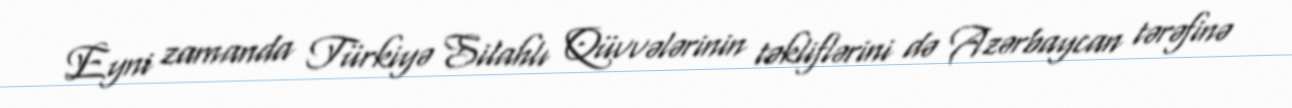
Eyni zamanda Türkiyə Silahlı Qüvvələrinin təkliflərini də Azərbaycan tərəfinə